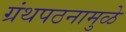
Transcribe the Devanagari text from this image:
ग्रंथपठनामुळे